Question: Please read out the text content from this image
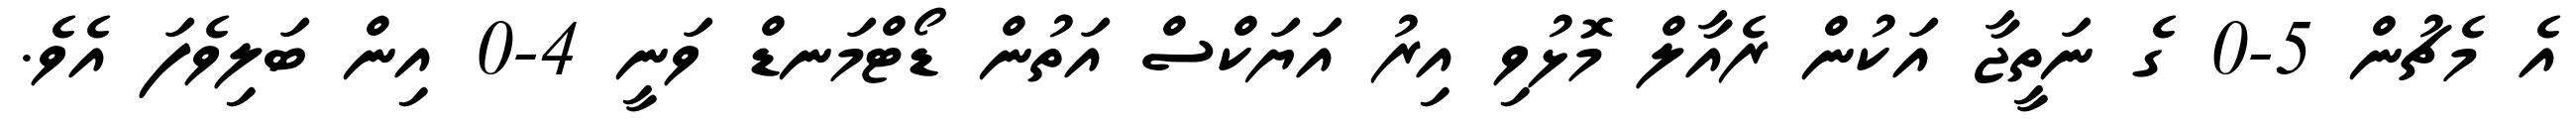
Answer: އެ މެޗުން 5-0 ގެ ނަތީޖާ އަކުން ރެއާލް މޮޅުވި އިރު އަޔަކްސް އަތުން ޑޯޓްމަނޑް ވަނީ 4-0 އިން ބަލިވެފަ އެވެ.